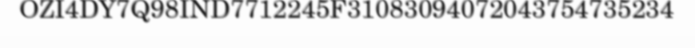
OZI4DY7Q98IND7712245F31083094072043754735234